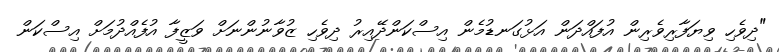
"ދިވެހި ވިޔަފާރިވެރިން އުފައްދަން އަޅުގަނޑުމެން އިސްކަންދޭއިރު ދިވެހި ޒުވާނުންނަށް ވަޒީފާ އުފެއްދުމަށް އިސްކަން